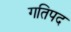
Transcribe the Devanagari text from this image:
गतिपद